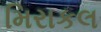
મિરાકલ